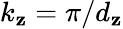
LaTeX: k_{\mathbf{z}}=\pi/d_{\mathbf{z}}